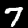
Digit: 7